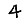
Digit: 4